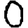
Digit: 0